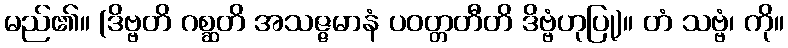
မည်၏။ (ဒိဗ္ဗတိ ဂစ္ဆတိ အသဇ္ဇမာနံ ပဝတ္တတီတိ ဒိဗ္ဗံဟုပြု)။ တံ သဗ္ဗံ၊ ကို။